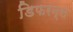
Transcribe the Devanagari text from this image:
डिफरन्स